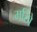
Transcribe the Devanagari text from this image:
मरिबे